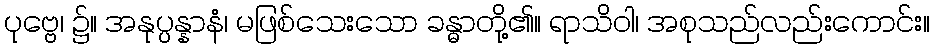
ပုဗ္ဗေ၊ ၌။ အနုပ္ပန္နာနံ၊ မဖြစ်သေးသော ခန္ဓာတို့၏။ ရာသိဝါ၊ အစုသည်လည်းကောင်း။